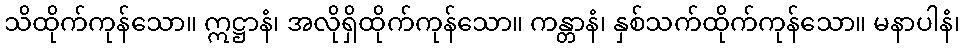
သိထိုက်ကုန်သော။ ဣဋ္ဌာနံ၊ အလိုရှိထိုက်ကုန်သော။ ကန္တာနံ၊ နှစ်သက်ထိုက်ကုန်သော။ မနာပါနံ၊